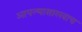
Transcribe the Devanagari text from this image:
आपल्यासारखाच